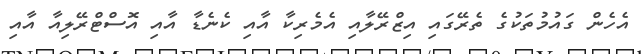
އެހެން ގައުމުތަކުގެ ތެރޭގައި އިޒްރޭލާއި އެމެރިކާ އާއި ކެނެޑާ އާއި އޮސްޓްރޭލިއާ އާއި